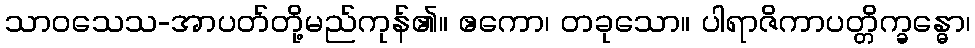
သာဝသေသ-အာပတ်တို့မည်ကုန်၏။ ဧကော၊ တခုသော။ ပါရာဇိကာပတ္တိက္ခန္ဓော၊